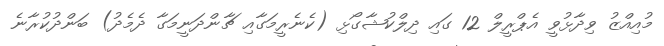
މުއިއްޒު ވިދާޅުވީ އެޕްރީލް 12 ގައި ދިލްކުޝާގޯޅި (ކެނެރީމަގާއި ޗާންދަނީމަގާ ދެމެދު) ބަންދުކުރާނެ